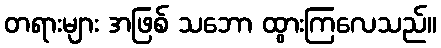
တရားများ အဖြစ် သဘော ထွားကြလေသည်။